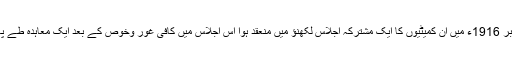
نومبر 1916ء میں ان کمیٹیوں کا ایک مشترکہ اجلاس لکھنؤ میں منعقد ہوا اس اجلاس میں کافی غور وخوص کے بعد ایک معاہدہ طے پایا ۔